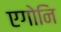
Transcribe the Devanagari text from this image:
एगोनि